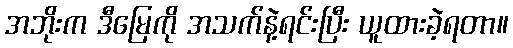
အဘိုးက ဒီမြေကို အသက်နဲ့ရင်းပြီး ယူထားခဲ့ရတာ။